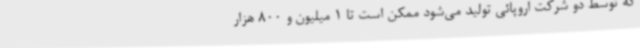
که توسط دو شرکت اروپائی تولید می‌شود ممکن است تا 1 میلیون و 800 هزار